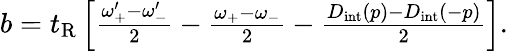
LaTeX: \begin{array}{r}{b=t_{\mathrm{R}}\left[\frac{\omega_{+}^{\prime}-\omega_{-}^{\prime}}{2}-\frac{\omega_{+}-\omega_{-}}{2}-\frac{D_{\mathrm{int}}(p)-D_{\mathrm{int}}(-p)}{2}\right].}\end{array}